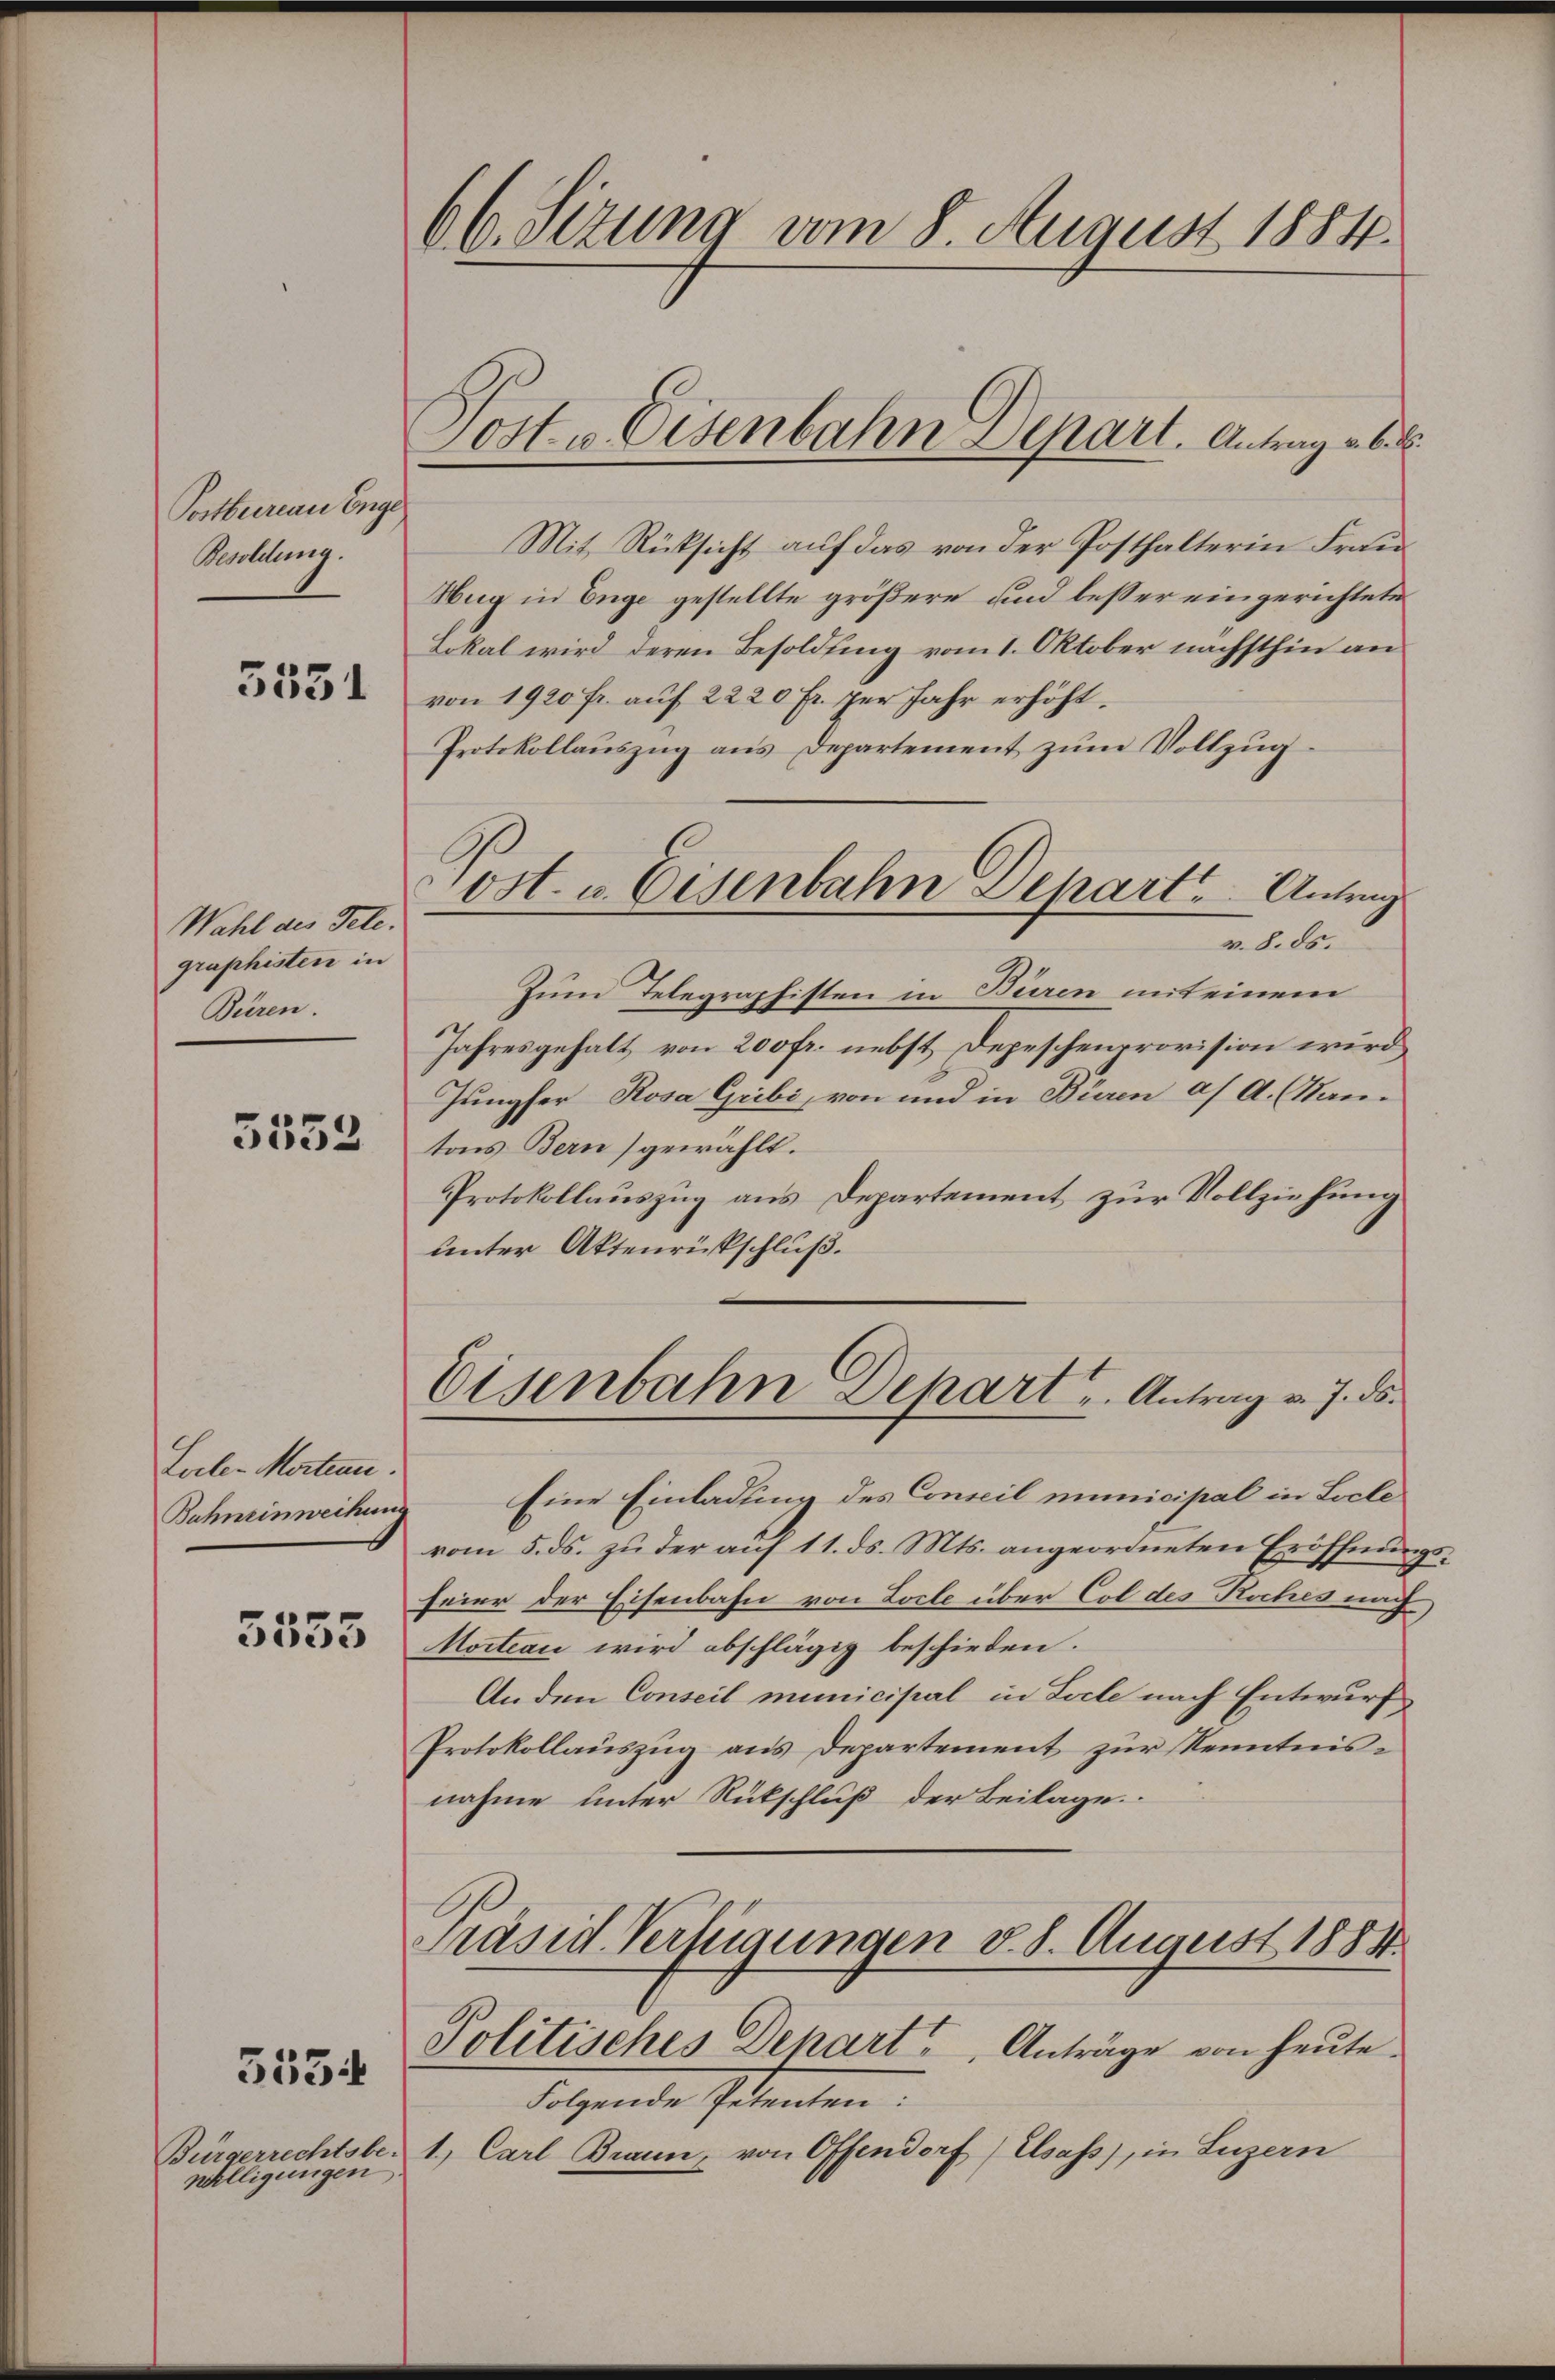
Postbureau Enge
Besoldena.

5551

Wahl des Tele.
graphisten in
Büren.

5332

Lole. Morten.
Buhneinweihung

5555

willigungen,

3534

66. Seizung vom 8. August 1884.

Mit Rücksicht auf das von der Posthalterin Frau¬
Nug in Enge gestellte größere und besser eingerichtete
Lokal wird deren Besoldung vom 1. Oktober nächsthin an
von 1920 fr. auf 2220 Fr. per Jahr erhöht.
Protokollauszug aus Departement zum Vollzug
v. 8. ds.
Zum Telegraphisten in Buren mit einem
Jahresgehalt von 200 fr. nebst Depeschenprovision wird
Jungfer Rosa Gribi, von und in Büren af A. (Nantons Bern) gewählt.
Protokollauszug aus Departement zur Vollziehung
unter Aktenrichtschluß.
Eisenbahn Depart u. Antrag v. J. ds.
Eine Einladung des Conseil municipal in Locle
vom 5. ds. zu der auf 11. ds. Mts. angeordneten Eröffnun¬
Feier der Eisenbahn von Loche über Col des Koches nach
Mocteau wird abschlägig beschieden.
Anden Conseil municipal in Lacle nach Entwurf
Protokollauszug aus Departement zur Kenntnisnahme unter Rückschluß der Beilage
Präsid Verfügungen v. 8. August 1884.
Politisches Depart Anträge von heute.
Folgende Petenten:
Bürgerrechtsbe. 1. Carl Braun, von Offendorf (Elsass, in Luzern

Post & Eisenbahn Depart. Antrag v. 6.

Post u. Eisenbahn Depart. Antrag